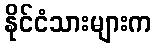
နိုင်ငံသားများက